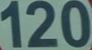
120